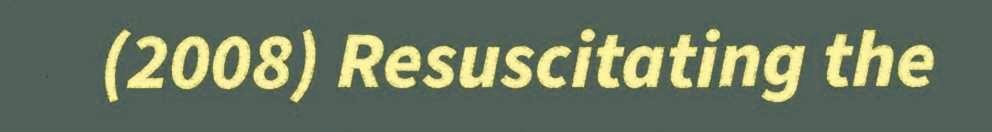
(2008) Resuscitating the